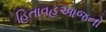
હિતાવહઆજનો